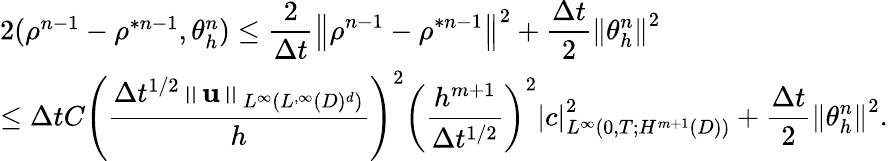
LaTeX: \begin{array}{l}{2(\rho^{n-1}-\rho^{\ast n-1},\theta_{h}^{n})\leq\displaystyle\frac{2}{\Delta t}\left\Vert\rho^{n-1}-\rho^{\ast n-1}\right\Vert^{2}+\displaystyle\frac{\Delta t}{2}\left\Vert\theta_{h}^{n}\right\Vert^{2}}\\ {\leq\Delta tC\displaystyle\left(\frac{\Delta t^{1/2}\left\Vert\mathbf{u}\right\Vert_{L^{\infty}(L^{,\infty}(D)^{d})}}{h}\right)^{2}\left(\frac{h^{m+1}}{\Delta t^{1/2}}\right)^{2}\left\vert c\right\vert_{L^{\infty}(0,T;H^{m+1}(D))}^{2}+\displaystyle\frac{\Delta t}{2}\left\Vert\theta_{h}^{n}\right\Vert^{2}.}\end{array}